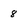
Character: 8